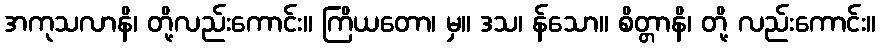
အကုသလာနိ၊ တို့လည်းကောင်း။ ကြိယတော၊ မှ။ ဒသ၊ န်သော။ စိတ္တာနိ၊ တို့ လည်းကောင်း။